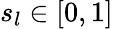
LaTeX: s_{l}\in[0,1]